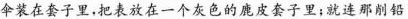
伞装在套子里，把表放在一个灰色的鹿皮套子里；就连那削铅